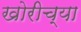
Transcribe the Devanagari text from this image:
खोरीच्या